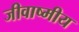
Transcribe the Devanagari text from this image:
जीवाष्मीय